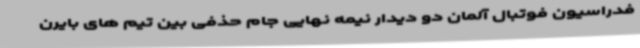
فدراسیون فوتبال آلمان دو دیدار نیمه نهایی جام حذفی بین تیم های بایرن